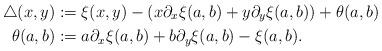
LaTeX: \begin{align*}\triangle(x,y)&:=\xi(x,y)-(x\partial_x\xi(a,b)+y\partial_y\xi(a,b))+\theta(a,b)\\\theta(a,b)&:=a\partial_x\xi(a,b)+b\partial_y\xi(a,b)-\xi(a,b).\end{align*}